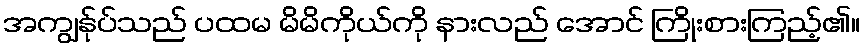
အကျွန်ုပ်သည် ပထမ မိမိကိုယ်ကို နားလည် အောင် ကြိုးစားကြည့်၏။